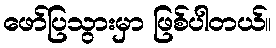
ဖော်ပြသွားမှာ ဖြစ်ပါတယ်။